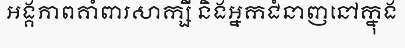
អង្គភាពគាំពារសាក្សី និងអ្នកជំនាញនៅក្នុង